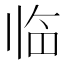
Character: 临